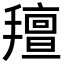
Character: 𢷆